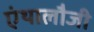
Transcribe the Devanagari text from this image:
एंथालौजी